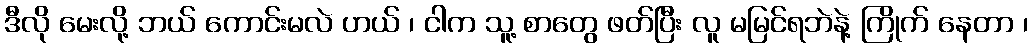
ဒီလို မေးလို့ ဘယ် ကောင်းမလဲ ဟယ် ၊ ငါက သူ့ စာတွေ ဖတ်ပြီး လူ မမြင်ရဘဲနဲ့ ကြိုက် နေတာ ၊